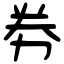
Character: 劵